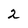
Character: 2